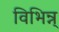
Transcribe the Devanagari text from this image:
विभिन्न्